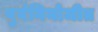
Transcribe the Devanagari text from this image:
पुर्वनियोजीत